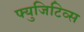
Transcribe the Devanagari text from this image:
फ्युजिटिव्स